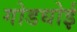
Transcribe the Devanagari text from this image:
गोडधोई